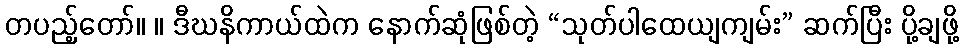
တပည့်တော်။ ။ ဒီဃနိကာယ်ထဲက နောက်ဆုံဖြစ်တဲ့ “သုတ်ပါထေယျကျမ်း” ဆက်ပြီး ပို့ချဖို့